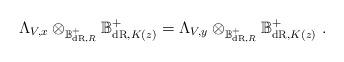
LaTeX: \begin{align*}\Lambda_{V,x}\otimes_{\mathbb B_{\mathrm{dR},R}^+} \mathbb B_{\mathrm{dR},K(z)}^+ = \Lambda_{V,y}\otimes_{\mathbb B_{\mathrm{dR},R}^+} \mathbb B_{\mathrm{dR},K(z)}^+\ .\end{align*}